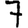
Digit: 7